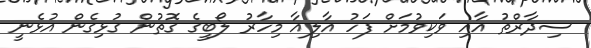
ސިދާރްތު އާއި ވަކިވުމަށް ފަހު އާލިއާ މިހާރު ލޯބީގެ ގޮތުން ގުޅިގެން އުޅެނީ